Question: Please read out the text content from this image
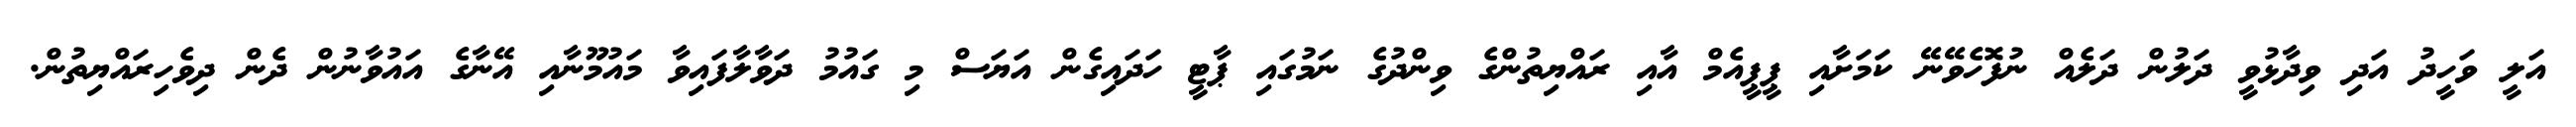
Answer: އަލީ ވަހީދު އަދި ވިދާޅުވީ ދަލުން ދަލެއް ނުފޮހެވޭނޭ ކަމަށާއި ޕީޕީއެމް އާއި ރައްޔިތުންގެ ވިންދުގެ ނަމުގައި ޕާޓީ ހަދައިގެން އަޔަސް މި ގައުމު ދަވާލާފައިވާ މައުމޫނާއި އޭނާގެ އައުވާނުން ދެން ދިވެހިރައްޔިތުން.